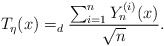
\begin{align*}T_{\eta }(x)=_{d}\frac{\sum_{i=1}^{n}Y_{n}^{(i)}(x)}{\sqrt{n}}. \end{align*}